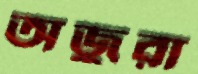
অজুরা